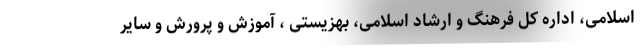
اسلامی، اداره کل فرهنگ و ارشاد اسلامی، بهزیستی ، آموزش و پرورش و سایر